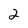
Character: 2